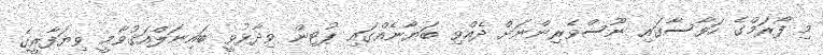
މި ފޯރަމްގެ ހަވާސާގައި ނޫސްވެރިންނަށް ދެއްވި ބަޔާނެއްގައި ޕުޓިން ވިދާޅުވީ ބައިނަލްއަޤުވާމީ ވިޔަފާރީގެ